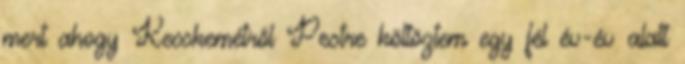
mert ahogy Kecskemétről Pestre költöztem egy fél év-év alatt